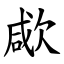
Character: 㰹